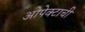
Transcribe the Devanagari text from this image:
ओपेक्टाची